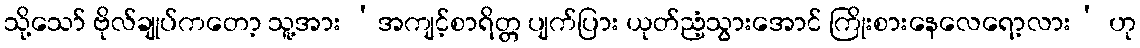
သို့သော် ဗိုလ်ချုပ်ကတော့ သူ့အား ‘အကျင့်စာရိတ္တ ပျက်ပြား ယုတ်ညံ့သွားအောင် ကြိုးစားနေလေရော့လား’ ဟု